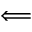
\Longleftarrow